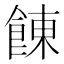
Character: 𩜍